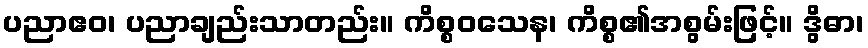
ပညာဧဝ၊ ပညာချည်းသာတည်း။ ကိစ္စဝသေန၊ ကိစ္စ၏အစွမ်းဖြင့်။ ဒွိဓာ၊